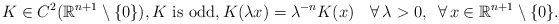
\begin{align*}K\in C^2({\mathbb{R}}^{n+1}\setminus\{0\}),K\mbox{ is odd},K(\lambda x)=\lambda^{-n}K(x)\quad\forall\,\lambda>0,\,\,\,\forall\,x\in{\mathbb{R}}^{n+1}\setminus\{0\}.\end{align*}